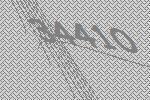
34410